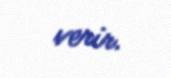
verir.